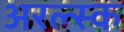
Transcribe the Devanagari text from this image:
अरल्स्क